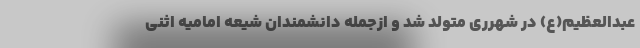
عبدالعظیم(ع) در شهرری متولد شد و ازجمله دانشمندان شیعه امامیه اثنی